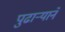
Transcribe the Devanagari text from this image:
पुढार्‍याने